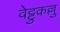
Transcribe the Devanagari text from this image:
वेट्टुकल्लु